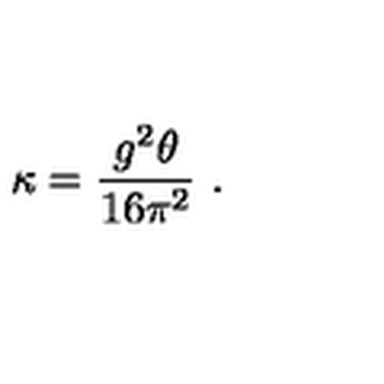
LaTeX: \kappa = { \frac { g ^ { 2 } \theta } { 1 6 \pi ^ { 2 } } } \ .